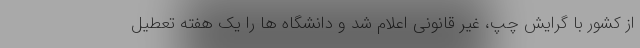
از کشور با گرایش چپ، غیر قانونی اعلام شد و دانشگاه ها را یک هفته تعطیل